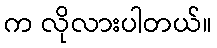
က လိုလားပါတယ်။